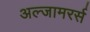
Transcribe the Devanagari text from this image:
अल्जामरर्स